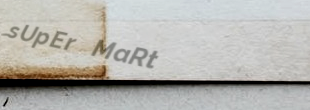
sUpEr MaRt